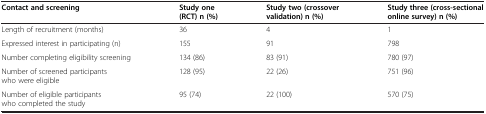
| Contact and screening | Study one (RCT) n (%) | Study two (crossover validation) n (%) | Study three (cross-sectional online survey) n (%) |
 | --- | --- | --- | --- |
 | Length of recruitment (months) | 36 | 4 | 1 |
 | Expressed interest in participating (n) | 155 | 91 | 798 |
 | Number completing eligibility screening | 134 (86) | 83 (91) | 780 (97) |
 | Number of screened participants who were eligible | 128 (95) | 22 (26) | 751 (96) |
 | Number of eligible participants who completed the study | 95 (74) | 22 (100) | 570 (75) |